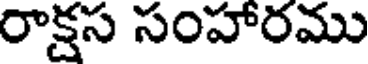
రాక్షస సంహారము